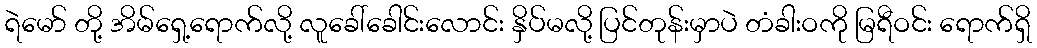
ရဲမော် တို့ အိမ်ရှေ့ရောက်လို့ လူခေါ်ခေါင်းလောင်း နှိပ်မလို့ ပြင်တုန်းမှာပဲ တံခါးဝကို မြရီဝင်း ရောက်ရှိ